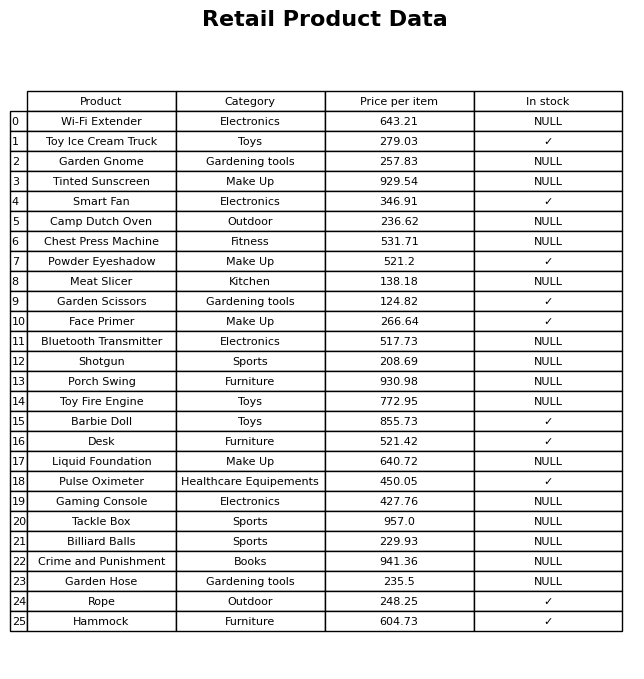
question: What is the price for Garden Hose?
answer: The price of Garden Hose is 235.5.